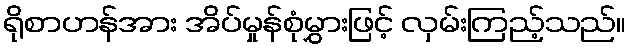
ရိုစာဟန်အား အိပ်မှုန်စုံမွှားဖြင့် လှမ်းကြည့်သည်။